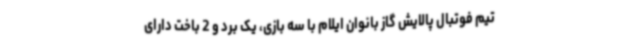
تیم فوتبال پالایش گاز بانوان ایلام با سه بازی، یک برد و 2 باخت دارای